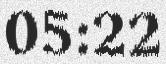
05:22